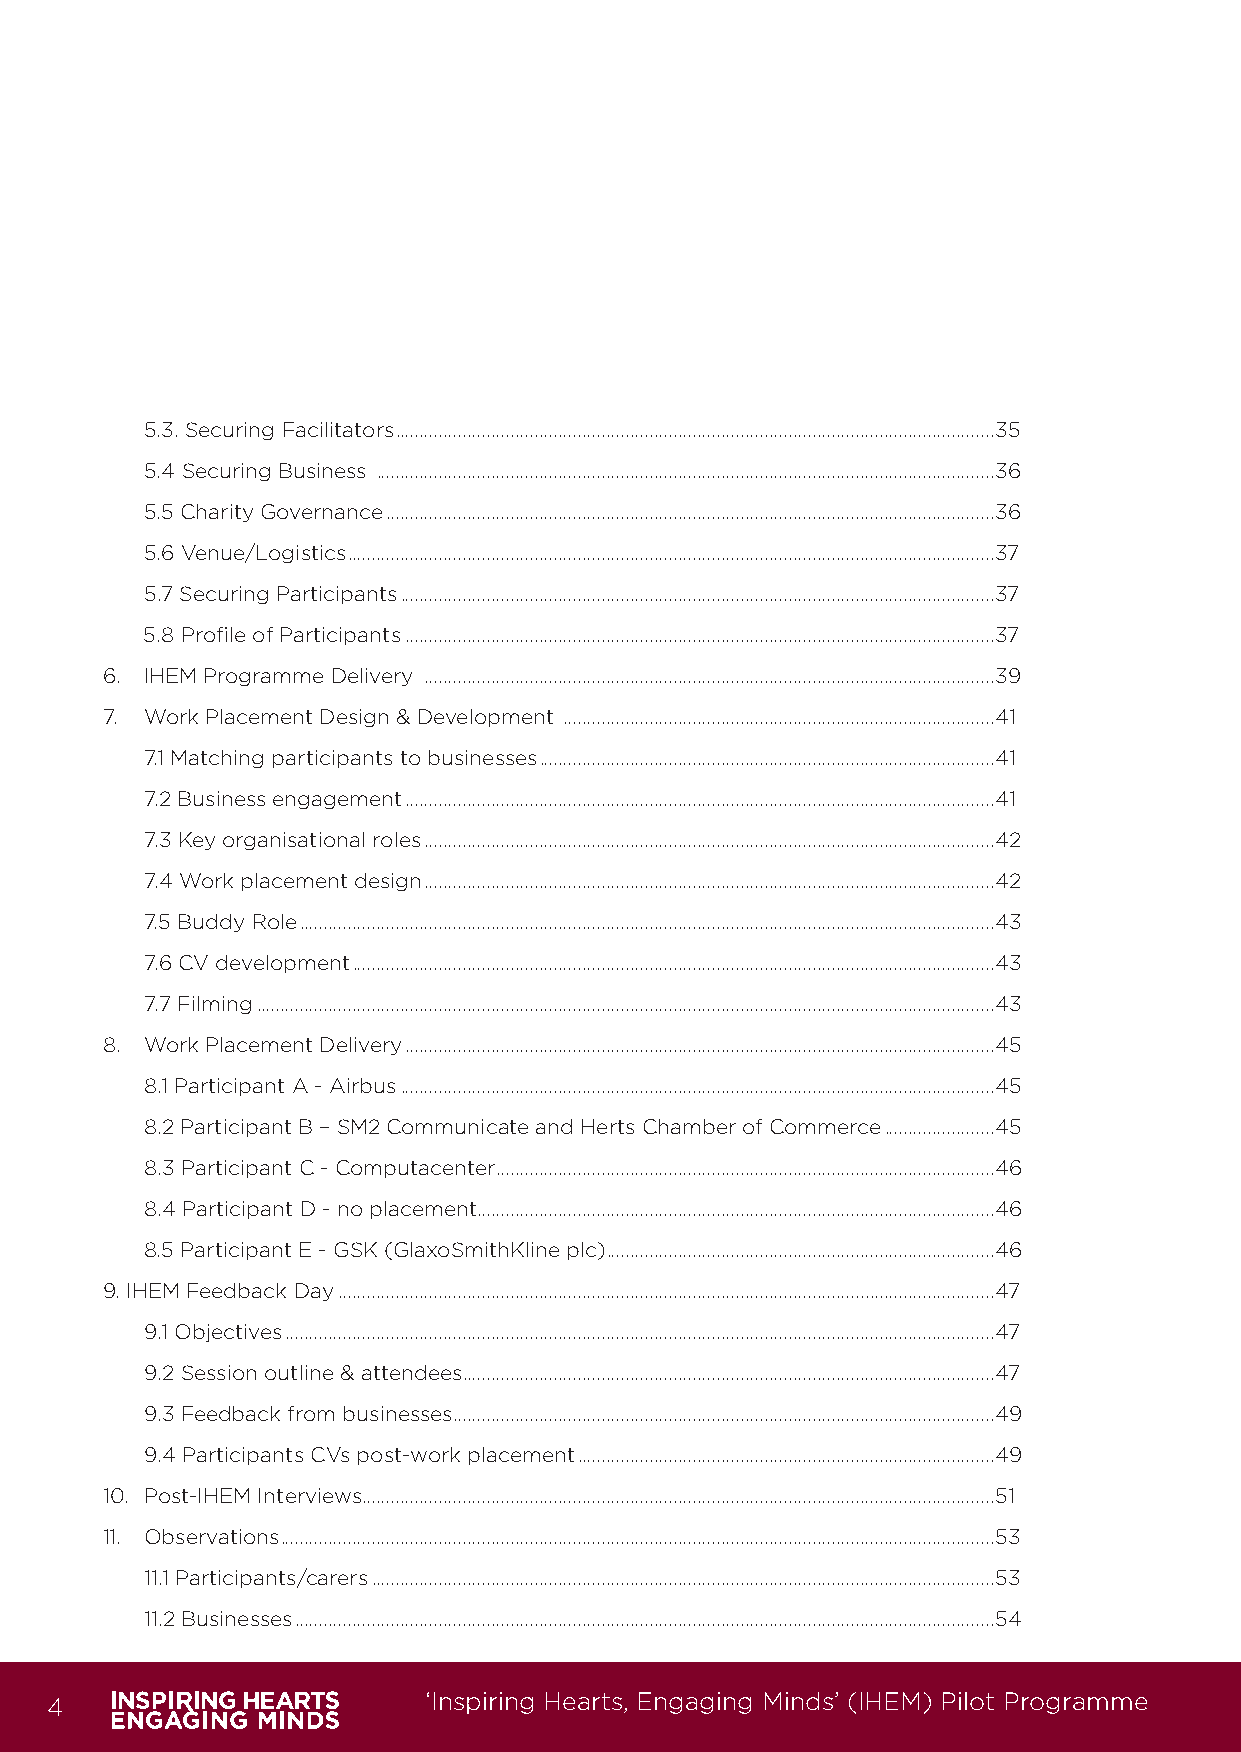
5.3. Securing Facilitators .............................................................................................................................35
 5.4 Securing Business .................................................................................................................................36
 5.5 Charity Governance ...............................................................................................................................36
 5.6 Venue/Logistics .......................................................................................................................................37
 5.7 Securing Participants ............................................................................................................................37
 5.8 Profile of Participants ...........................................................................................................................37
 6. IHEM Programme Delivery .......................................................................................................................39
 7. Work Placement Design & Development ..........................................................................................41
 7.1 Matching participants to businesses ...............................................................................................41
 7.2 Business engagement ...........................................................................................................................41
 7.3 Key organisational roles .......................................................................................................................42
 7.4 Work placement design .......................................................................................................................42
 7.5 Buddy Role .................................................................................................................................................43
 7.6 CV development ......................................................................................................................................43
 7.7 Filming ..........................................................................................................................................................43
 8. Work Placement Delivery ...........................................................................................................................45
 8.1 Participant A - Airbus ............................................................................................................................45
 8.2 Participant B – SM2 Communicate and Herts Chamber of Commerce .......................45
 8.3 Participant C - Computacenter ........................................................................................................46
 8.4 Participant D - no placement ............................................................................................................46
 8.5 Participant E - GSK (GlaxoSmithKline plc) .................................................................................46
 9. IHEM Feedback Day .........................................................................................................................................47
 9.1 Objectives ....................................................................................................................................................47
 9.2 Session outline & attendees ...............................................................................................................47
 9.3 Feedback from businesses .................................................................................................................49
 9.4 Participants CVs post-work placement .......................................................................................49
 10. Post-IHEM Interviews ....................................................................................................................................51
 11. Observations .....................................................................................................................................................53
 11.1 Participants/carers ..................................................................................................................................53
 11.2 Businesses ..................................................................................................................................................54
 4                        ‘Inspiring Hearts, Engaging Minds’ (IHEM) Pilot Programme
 IHEM-Evaluation-Summary-Report_Brand Compliant.indd 4                   29/09/2020 06:59:09